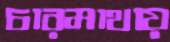
চারমাথায়